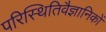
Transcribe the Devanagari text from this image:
परिस्थितिवैज्ञानिकों